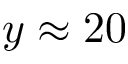
y \approx 2 0